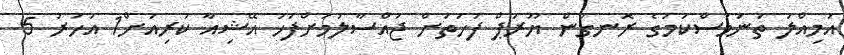
އަމިއްލަ ތަނަވަސްކަމުގެ ރޮނގުން ޔޫރަޕް ފަހަތަށް ޖައްސާލުމަށްފަހު އޭޝިއާ ކުރިއަށް1 އަހަރު 5